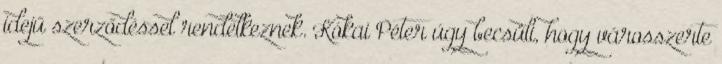
idejű szerződéssel rendelkeznek. Kókai Péter úgy becsüli, hogy városszerte